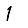
Digit: 1